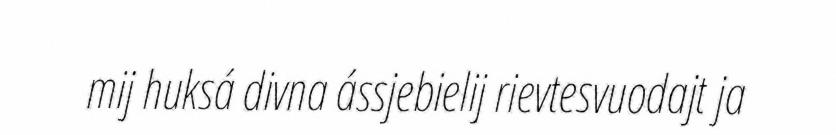
mij huksá divna ássjebielij rievtesvuodajt ja